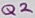
Text: Q7